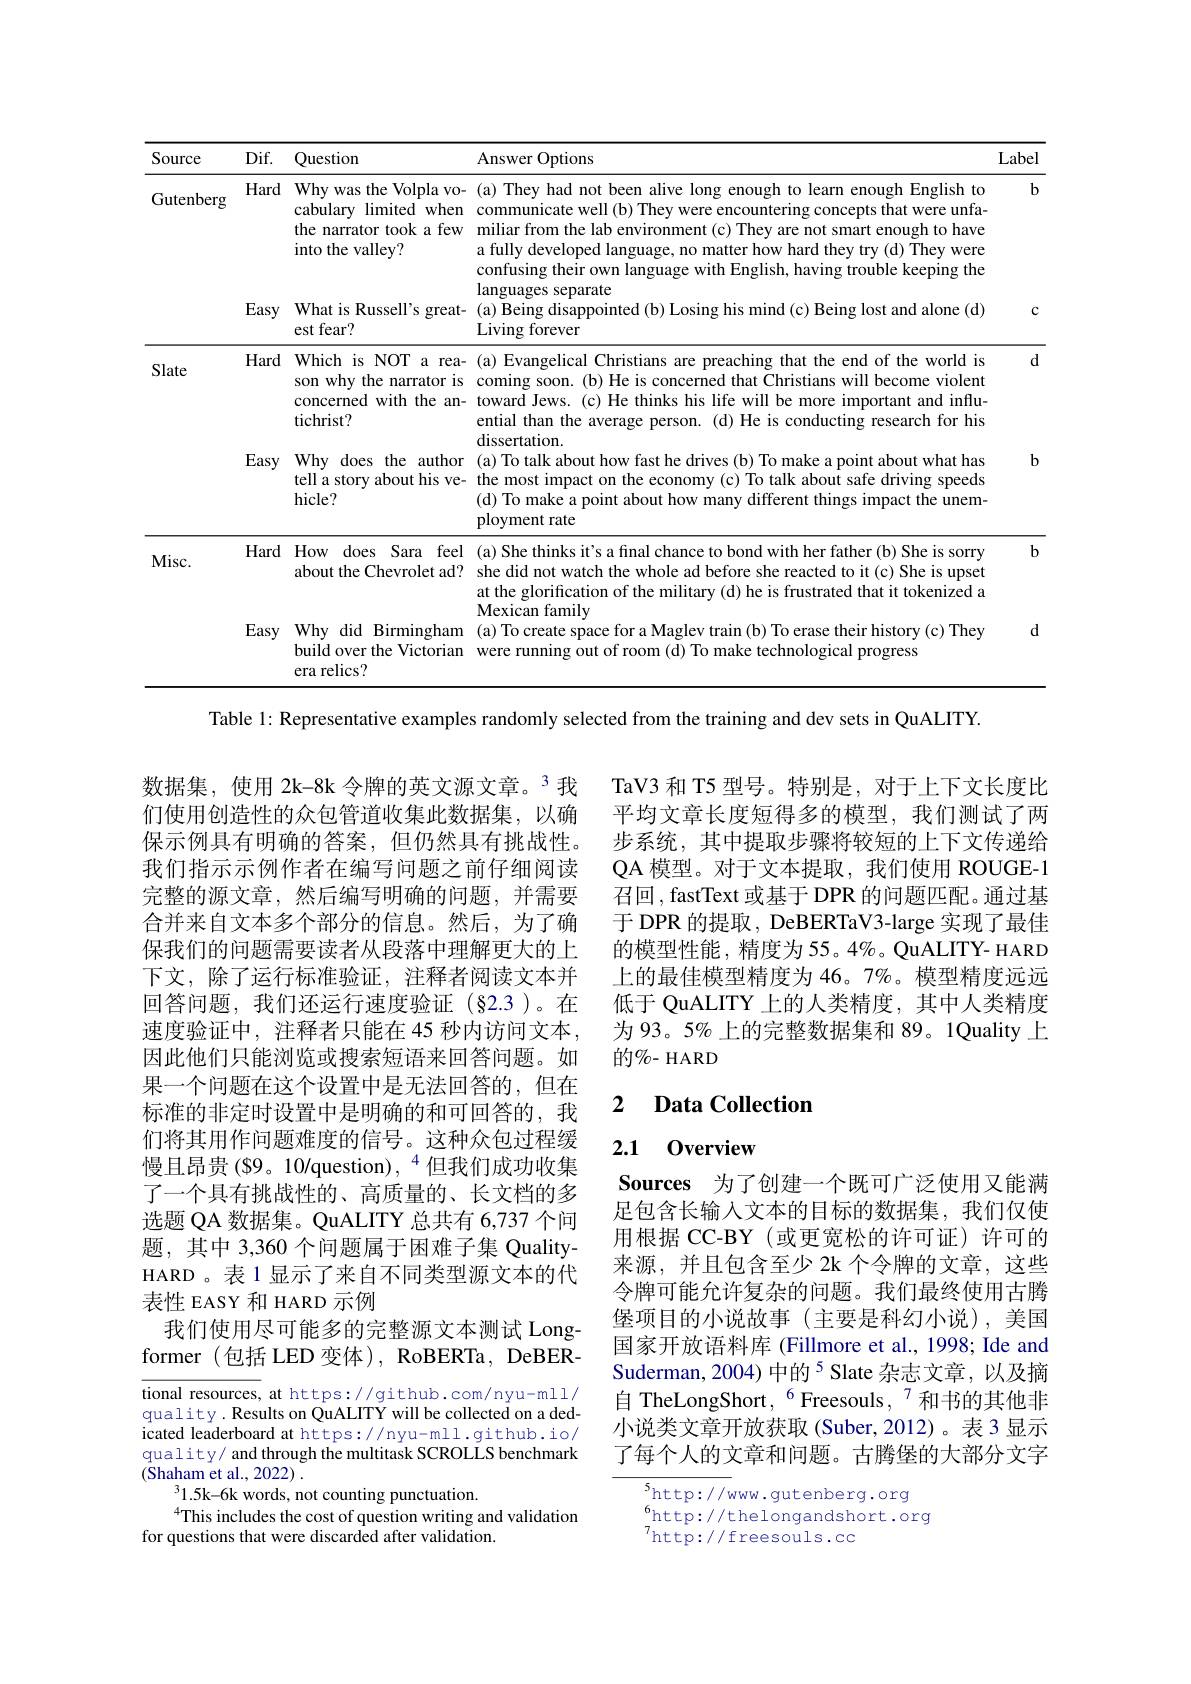
<table>
	<tbody>
		<tr>
			<th>Source</th>
			<th>$Dif.$</th>
			<th>Question</th>
			<th>Answer Options</th>
			<th>Label</th>
		</tr>
		<tr>
			<td rowspan="2">Gutenberg</td>
			<td>Hard</td>
			<td>Why was the Volpla vo- ${\mathrm{cabulary}}$ limited when the narrator took a few into the valley?</td>
			<td>(a) They had not been alive long enough to learn enough English to communicate well (b) They were encountering concepts that were unfa- miliar from the lab environment (c) They are not smart enough to have a fully developed language, no matter how hard they try (d) They were confusing their own language with English, having trouble keeping the</td>
			<td>$b$</td>
		</tr>
		<tr>
			<td>Easy</td>
			<td>What is Russell's great- est fear? </td>
			<td>(a) Being disappointed (b) Losing his mind (c) Being lost and alone (d) Living forever</td>
			<td>1</td>
		</tr>
		<tr>
			<td rowspan="2">Slate</td>
			<td>Hard</td>
			<td>Which is NOT r a rea- son why the narrator is concerned with the an- tichrist?</td>
			<td>(a) Evangelical Christians are preaching that the end of the world is coming soon.(b) He is concerned that Christians will become violent toward Jews. (c) He thinks his life will be more important and influs ential than the average person. (d) He is conducting research for his</td>
			<td>$d$</td>
		</tr>
		<tr>
			<td>Easy</td>
			<td>Why does the author tell a story about his ve- hicle? </td>
			<td>dissertation. (a) To talk about how fast he drives (b) To make a point about what has the most impact on the economy (c) To talk about safe driving speeds (d) To make a point about how many different things impact the unem- ployment rate</td>
			<td>$b$</td>
		</tr>
		<tr>
			<td rowspan="2">Misc. </td>
			<td>Hard</td>
			<td>How does Sara feel about the Chevrolet ad?</td>
			<td>(a) She thinks it's a final chance to bond with her father (b) She is sorry she did not watch the whole ad before she reacted to it (c) She is upset at the glorification of the military (d) he is frustrated that it tokenized a $1A$ $a_{\mathrm{mil}}$</td>
			<td>$b$</td>
		</tr>
		<tr>
			<td>Easy</td>
			<td>Birmingham Why did build over the Victorian era relics?</td>
			<td>(a) To create space for a Maglev train (b) To erase their history (c) They were running out of room (d) To make technological progress</td>
			<td>$d$</td>
		</tr>
	</tbody>
</table>

Table 1: Representative examples randomly selected from the training and dev sets in QuALITY.

TaV3 和 T5 型号。特别是，对于上下文长度比平均文章长度短得多的模型，我们测试了两步系统，其中提取步骤将较短的上下文传递给QA 模型。对于文本提取，我们使用 ROUGE-1召回 , fastText 或基于 DPR 的问题匹配。通过基于 DPR 的提取 , DeBERTaV3-large 实现了最佳的模型性能，精度为55。4%。QuALITY- HARD 上的最佳模型精度为 46。7%。模型精度远远低于 QuALITY 上的人类精度，其中人类精度为 93。5% 上的完整数据集和 89。1Quality 上的$\%$- HARD

数据集，使用 2k-8k 令牌的英文源文章。3 我们使用创造性的众包管道收集此数据集，以确保示例具有明确的答案，但仍然具有挑战性。我们指示示例作者在编写问题之前仔细阅读完整的源文章，然后编写明确的问题，并需要合并来自文本多个部分的信息。然后，为了确保我们的问题需要读者从段落中理解更大的上下文，除了运行标准验证，注释者阅读文本并回答问题，我们还运行速度验证(§2.3)。在速度验证中，注释者只能在 45 秒内访问文本， 因此他们只能浏览或搜索短语来回答问题。如果一个问题在这个设置中是无法回答的，但在标准的非定时设置中是明确的和可回答的，我们将其用作问题难度的信号。这种众包过程缓慢且昂贵(89。10/question), $^{4}$但我们成功收集了一个具有挑战性的、高质量的、长文档的多选题 QA 数据集。QuALITY 总共有 6,737 个问题，其中 3,360 个问题属于困难子集 QualityHARD。表 1 显示了来自不同类型源文本的代表性 EASY 和 HARD 示例
我们使用尽可能多的完整源文本测试 Longformer (包括 LED 变体), RoBERTa, DeBER-

### 2 $\textbf{Data Collectior}$

## 2.1 0verview

Sources 为了创建一个既可广泛使用又能满足包含长输入文本的目标的数据集，我们仅使用根据 CC-BY (或更宽松的许可证)许可的来源，并且包含至少 2k 个令牌的文章，这些令牌可能允许复杂的问题。我们最终使用古腾堡项目的小说故事(主要是科幻小说),美国国家开放语料库 (Fillmore et al., 1998; Ide and Suderman, 2004) 中的$^{5}$ Slate 杂志文章，以及摘自 TheLongShort, $^{6}$Freesouls,$^{7}$和书的其他非小说类文章开放获取(Suber,2012)。表3显示了每个人的文章和问题。古腾堡的大部分文字

tional resources, at https://github.com/nyu-mll/ quality. Results on QuALITY will be collected on a dedicated leaderboard at https://nyu-mll.github.io/ quality/ and through the multitask SCROLLS benchmark (Shaham et al., 2022) .
$^31.5$k-6k words, not counting punctuation.
$^{4}$This includes the cost of question writing and validation
for questions that were discarded after validation.

{5}http://www.gutenberg.org
$^6$http: / / thelongandshort. org
$^{7}$http://freesouls.cc